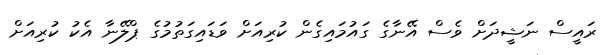
ރައީސް ނަޝީދަށް ވެސް އޭނާގެ ގައުމައިގެން ކުރިއަށް ވަޑައިގަތުމުގެ ޕްލޭނާ އެކު ކުރިއަށް